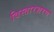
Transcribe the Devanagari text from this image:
विस्तारशरण